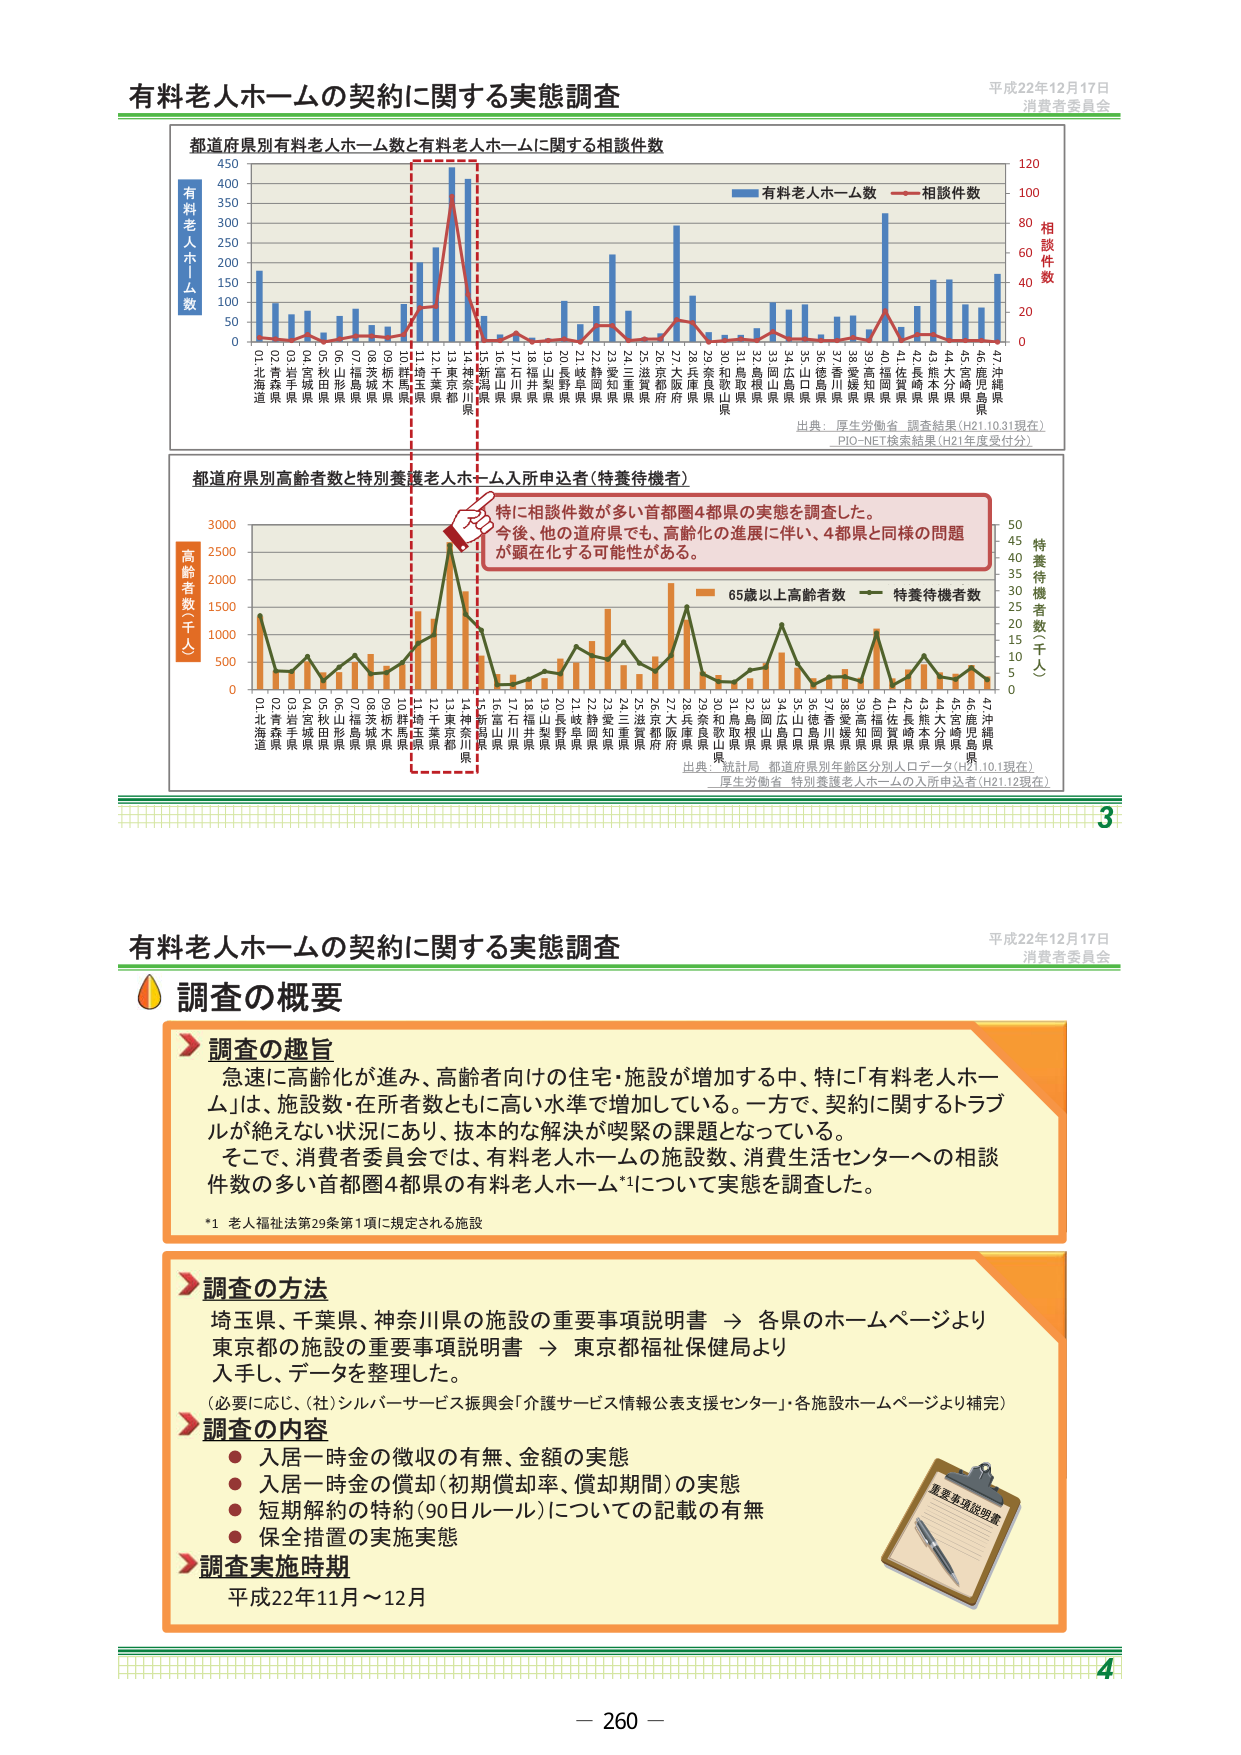
有料老人ホームの契約に関する実態調査
平成22年12月17日
消費者委員会

都道府県別有料老人ホーム数と有料老人ホームに関する相談件数
有料老人ホーム数
0 50 100 150 200 250 300 350 400 450
相談件数
0 20 40 60 80 100 120
01 北海道
02 青森県
03 岩手県
04 宮城県
05 秋田県
06 山形県
07 福島県
08 茨城県
09 栃木県
10 群馬県
11 埼玉県
12 千葉県
13 東京都
14 神奈川県
15 新潟県
16 富山県
17 石川県
18 福井県
19 山梨県
20 長野県
21 岐阜県
22 静岡県
23 愛知県
24 三重県
25 滋賀県
26 京都府
27 大阪府
28 兵庫県
29 奈良県
30 和歌山県
31 鳥取県
32 島根県
33 岡山県
34 広島県
35 山口県
36 徳島県
37 香川県
38 愛媛県
39 高知県
40 福岡県
41 佐賀県
42 長崎県
43 熊本県
44 大分県
45 宮崎県
46 鹿児島県
47 沖縄県
有料老人ホーム数
相談件数
出典：厚生労働省 調査結果（H21.10.31現在）
PIO-NET検索結果（H21年度受付分）

都道府県別高齢者数と特別養護老人ホーム入所申込者（特養待機者）
高齢者数（千人）
0 500 1000 1500 2000 2500 3000
特養待機者数（千人）
0 5 10 15 20 25 30 35 40 45 50
01 北海道
02 青森県
03 岩手県
04 宮城県
05 秋田県
06 山形県
07 福島県
08 茨城県
09 栃木県
10 群馬県
11 埼玉県
12 千葉県
13 東京都
14 神奈川県
15 新潟県
16 富山県
17 石川県
18 福井県
19 山梨県
20 長野県
21 岐阜県
22 静岡県
23 愛知県
24 三重県
25 滋賀県
26 京都府
27 大阪府
28 兵庫県
29 奈良県
30 和歌山県
31 鳥取県
32 島根県
33 岡山県
34 広島県
35 山口県
36 徳島県
37 香川県
38 愛媛県
39 高知県
40 福岡県
41 佐賀県
42 長崎県
43 熊本県
44 大分県
45 宮崎県
46 鹿児島県
47 沖縄県
65歳以上高齢者数
特養待機者数
出典：統計局 都道府県別年齢区分別人口データ（H21.10.1現在）
厚生労働省 特別養護老人ホームの入所申込者（H21.12現在）

特に相談件数が多い首都圏4都県の実態を調査した。
今後、他の道府県でも、高齢化の進展に伴い、4都県と同様の問題が顕在化する可能性がある。

3

有料老人ホームの契約に関する実態調査
平成22年12月17日
消費者委員会

調査の概要

調査の趣旨
急速に高齢化が進み、高齢者向けの住宅・施設が増加する中、特に「有料老人ホーム」は、施設数・在所者数ともに高い水準で増加している。一方で、契約に関するトラブルが絶えない状況にあり、抜本的な解決が喫緊の課題となっている。
そこで、消費者委員会では、有料老人ホームの施設数、消費生活センターへの相談件数の多い首都圏4都県の有料老人ホーム*1について実態を調査した。
*1 老人福祉法第29条第1項に規定される施設

調査の方法
埼玉県、千葉県、神奈川県の施設の重要事項説明書 → 各県のホームページより
東京都の施設の重要事項説明書 → 東京都福祉保健局より
入手し、データを整理した。
（必要に応じ、（社）シルバーサービス振興会「介護サービス情報公表支援センター」・各施設ホームページより補完）

調査の内容
● 入居一時金の徴収の有無、金額の実態
● 入居一時金の償却（初期償却率、償却期間）の実態
● 短期解約の特約（90日ルール）についての記載の有無
● 保全措置の実施実態

調査実施時期
平成22年11月～12月

重要事項説明書

4
－ 260 －